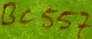
Text: BC557